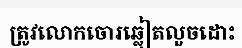
ត្រូវលោកចោរឆ្លៀតលួចដោះ